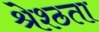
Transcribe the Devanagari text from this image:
श्रेश्ठता